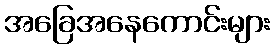
အခြေအနေကောင်းများ